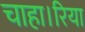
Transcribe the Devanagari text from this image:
चाहा।रिया